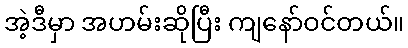
အဲ့ဒီမှာ အဟမ်းဆိုပြီး ကျနော်ဝင်တယ်။